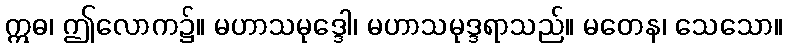
ဣဓ၊ ဤလောက၌။ မဟာသမုဒ္ဒေါ၊ မဟာသမုဒ္ဒရာသည်။ မတေန၊ သေသော။